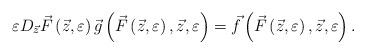
LaTeX: \begin{align*} \varepsilon D_{\vec {z}} \vec {F}\left( {\vec{z},\varepsilon } \right)\vec {g}\left( {\vec {F}\left( {\vec{z},\varepsilon } \right),\vec {z},\varepsilon } \right)=\vec{f}\left( {\vec {F}\left( {\vec {z},\varepsilon } \right),\vec{z},\varepsilon } \right).\end{align*}